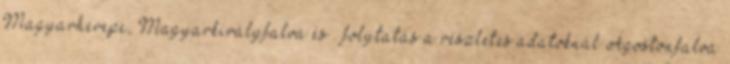
Magyarherepe, Magyarkirályfalva és . folytatás a részletes adatoknál Ágostonfalva